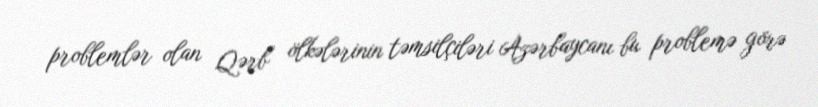
problemlər olan Qərb ölkələrinin təmsilçiləri Azərbaycanı bu problemə görə